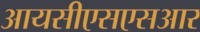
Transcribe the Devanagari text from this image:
आयसीएसएसआर